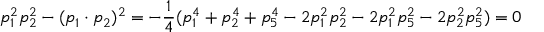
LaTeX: p _ { 1 } ^ { 2 } p _ { 2 } ^ { 2 } - ( p _ { 1 } \cdot p _ { 2 } ) ^ { 2 } = - \frac { 1 } { 4 } ( p _ { 1 } ^ { 4 } + p _ { 2 } ^ { 4 } + p _ { 5 } ^ { 4 } - 2 p _ { 1 } ^ { 2 } p _ { 2 } ^ { 2 } - 2 p _ { 1 } ^ { 2 } p _ { 5 } ^ { 2 } - 2 p _ { 2 } ^ { 2 } p _ { 5 } ^ { 2 } ) = 0